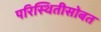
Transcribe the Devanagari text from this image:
परिस्थितीसोबत